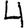
Digit: 4